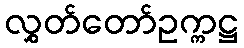
လွှတ်တော်ဥက္ကဋ္ဌ